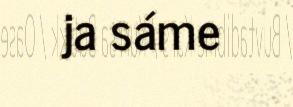
ja sáme